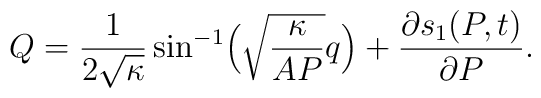
Q=\frac{1}{2\sqrt{\kappa}}\sin^{-1}\Bigl(\sqrt{\frac{\kappa}{A P}}q\Bigr)+\frac{\partial s_{1}(P,t)}{\partial P} .